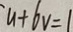
u + 6 v = 1